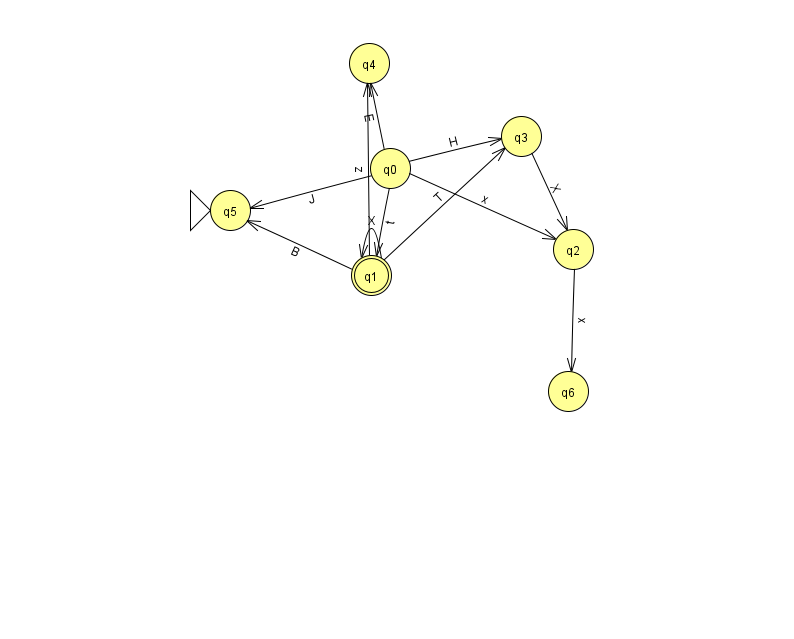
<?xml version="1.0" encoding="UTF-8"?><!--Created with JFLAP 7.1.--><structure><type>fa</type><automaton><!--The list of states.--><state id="0" name="q0"><x>390.0</x><y>155.0</y></state><state id="1" name="q1"><x>371.0</x><y>262.0</y><final/></state><state id="2" name="q2"><x>573.0</x><y>236.0</y></state><state id="3" name="q3"><x>521.0</x><y>123.0</y></state><state id="4" name="q4"><x>369.0</x><y>50.0</y></state><state id="5" name="q5"><x>230.0</x><y>197.0</y><initial/></state><state id="6" name="q6"><x>568.0</x><y>378.0</y></state><!--The list of transitions.--><transition><from>3</from><to>2</to><read>X</read></transition><transition><from>1</from><to>5</to><read>B</read></transition><transition><from>0</from><to>2</to><read>x</read></transition><transition><from>0</from><to>5</to><read>J</read></transition><transition><from>1</from><to>1</to><read>X</read></transition><transition><from>0</from><to>1</to><read>t</read></transition><transition><from>1</from><to>4</to><read>z</read></transition><transition><from>1</from><to>3</to><read>T</read></transition><transition><from>0</from><to>3</to><read>H</read></transition><transition><from>0</from><to>4</to><read>E</read></transition><transition><from>2</from><to>6</to><read>x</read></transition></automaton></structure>